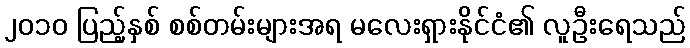
၂၀၁၀ ပြည့်နှစ် စစ်တမ်းများအရ မလေးရှားနိုင်ငံ၏ လူဦးရေသည်